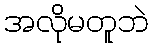
အလိုမတူဘဲ